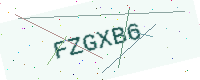
Text: FZGXB6